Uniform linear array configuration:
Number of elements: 48
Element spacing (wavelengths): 0.5
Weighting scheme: cosine
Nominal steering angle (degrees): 15
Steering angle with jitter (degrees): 14.534
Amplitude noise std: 0.05
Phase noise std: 0.05

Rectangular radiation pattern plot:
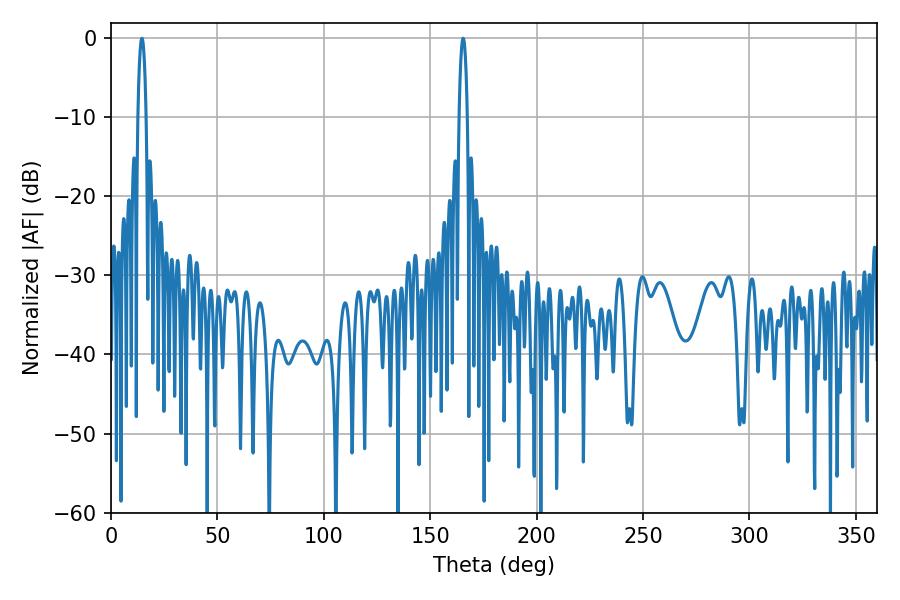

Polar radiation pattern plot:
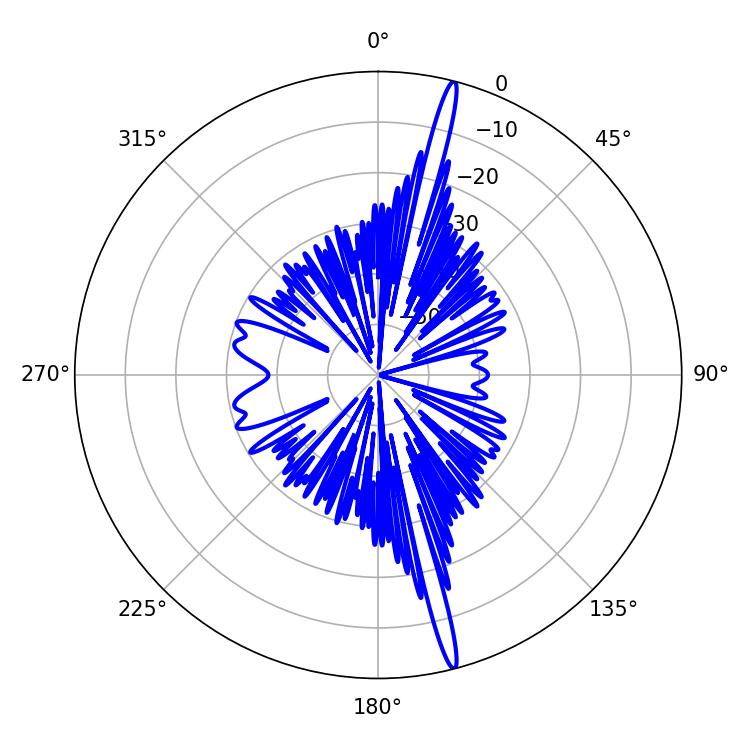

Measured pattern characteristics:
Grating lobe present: FALSE
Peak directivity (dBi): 19.7
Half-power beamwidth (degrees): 2.16
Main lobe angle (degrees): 14.58